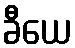
ခီယေ